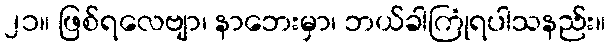
၂၁။ ဖြစ်ရလေဗျာ၊ နာဘေးမှာ၊ ဘယ်ခါကြုံရပါသနည်း။